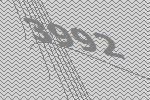
3992